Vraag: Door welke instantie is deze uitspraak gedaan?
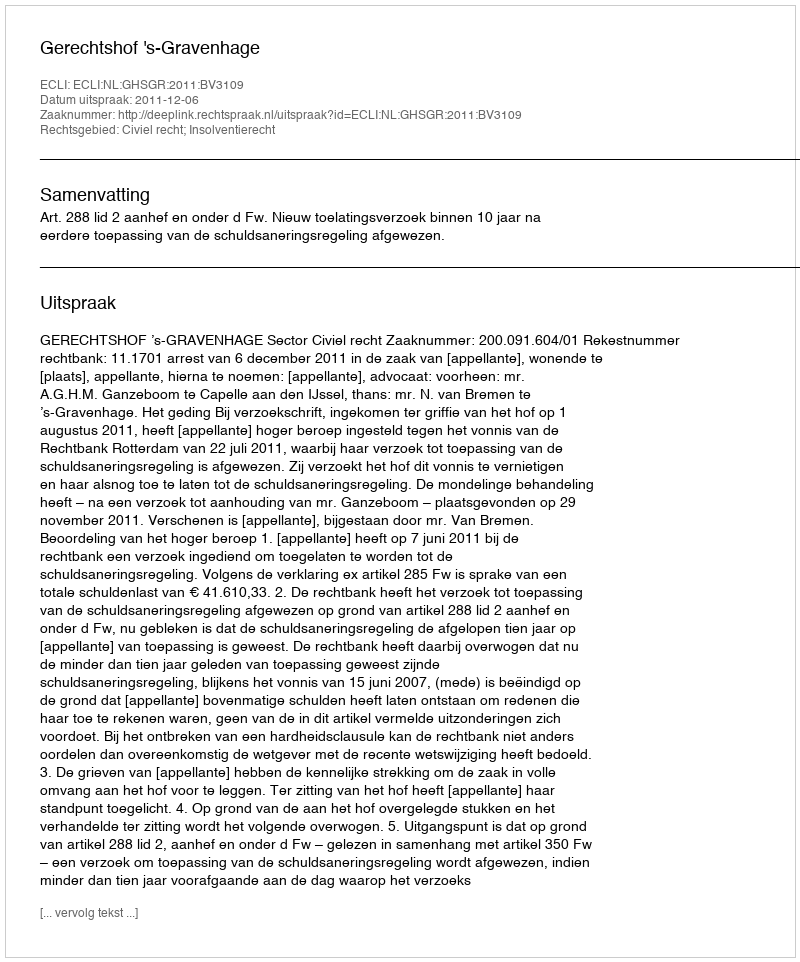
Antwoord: Gerechtshof 's-Gravenhage